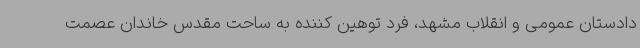
دادستان عمومی و انقلاب مشهد، فرد توهین کننده به ساحت مقدس خاندان عصمت